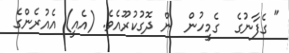
" ގެފާނުގެ  ގެމީހުން  ން ދޮގުކުރޫއެވެ. (އެއީ) އެއުރެންގެ